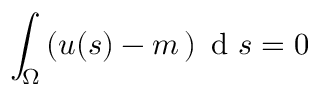
\int _ { \Omega } \left( u ( \boldsymbol { s } ) - m \, \right) \textrm { d } \boldsymbol { s } = 0